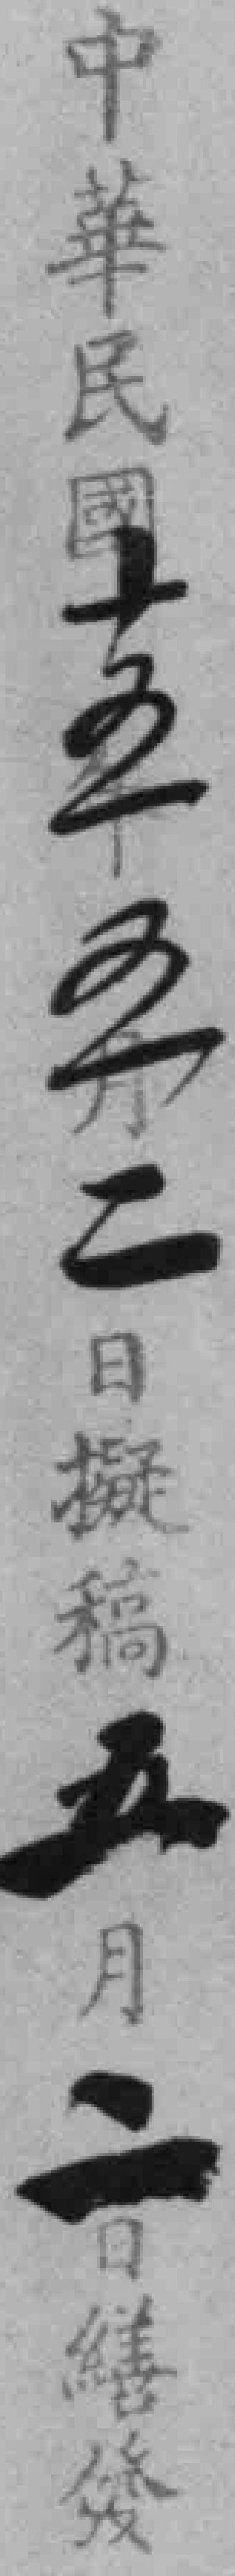
中華民國十五五二日擬稿五月二日繕發